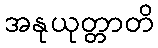
အနုယုတ္တာတိ